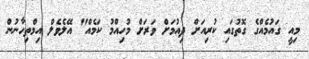
މިއީ ގައުމެއްގެ ގޮތުގައި ކުރިއަށް ދިއުމަށް ވަރަށް މުހިއްމު ކަމެއް" އޭލެވެލް އިމްތިހާނުން